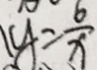
y = \frac { 6 } { x }